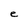
Character: e